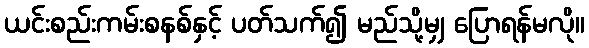
ယင်းစည်းကမ်းစနစ်နှင့် ပတ်သက်၍ မည်သို့မျှ ပြောရန်မလို။